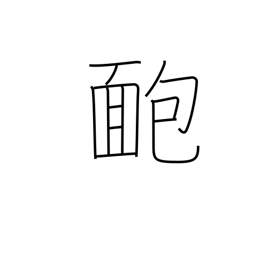
Meaning: pimple